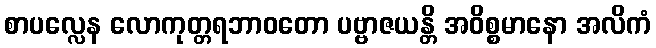
စာပလ္လေန လောကုတ္တရဘာဝတော ပဗ္ဗာဇယန္တိ အဝိစ္စမာနော အလိကံ